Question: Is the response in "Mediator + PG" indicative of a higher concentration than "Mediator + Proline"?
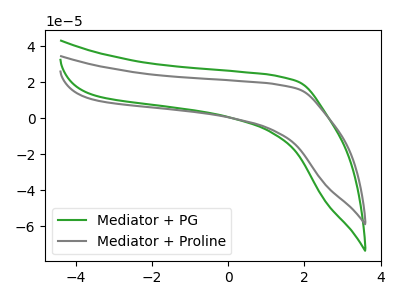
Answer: <think>The green curve "Mediator + PG" has no peaks. The gray curve "Mediator + Proline" has no peaks.
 Neither "Mediator + PG" or "Mediator + Proline" have any peaks.</think>
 <answer>I cant tell if "Mediator + PG" or "Mediator + Proline" has more signal.</answer>
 <eval>mixed_signal</eval>